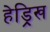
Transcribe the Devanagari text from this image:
हेड्रिख